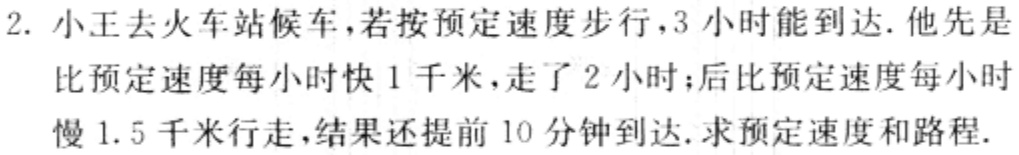
2. 小王去火车站候车，若按预定速度步行，3 小时能到达. 他先是比预定速度每小时快 1 千米，走了 2 小时；后比预定速度每小时慢 1.5 千米行走，结果还提前 10 分钟到达. 求预定速度和路程.